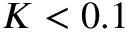
K < 0 . 1